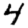
Digit: 4